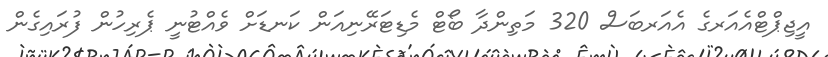
އީޖިޕްޓްއެއަރގެ އެއަރބަސް 320 މަތިންދާ ބޯޓް މެޑިޓަރޭނިއަން ކަނޑަށް ވެއްޓުނީ ޕެރިހުން ފުރައިގެން